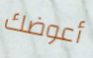
أعوضك